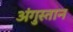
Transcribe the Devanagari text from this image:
अंगुस्तान